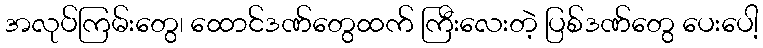
အလုပ်ကြမ်းတွေ၊ ထောင်ဒဏ်တွေထက် ကြီးလေးတဲ့ ပြစ်ဒဏ်တွေ ပေးပေါ့